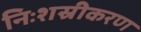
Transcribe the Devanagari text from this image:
निःशस्रीकरण